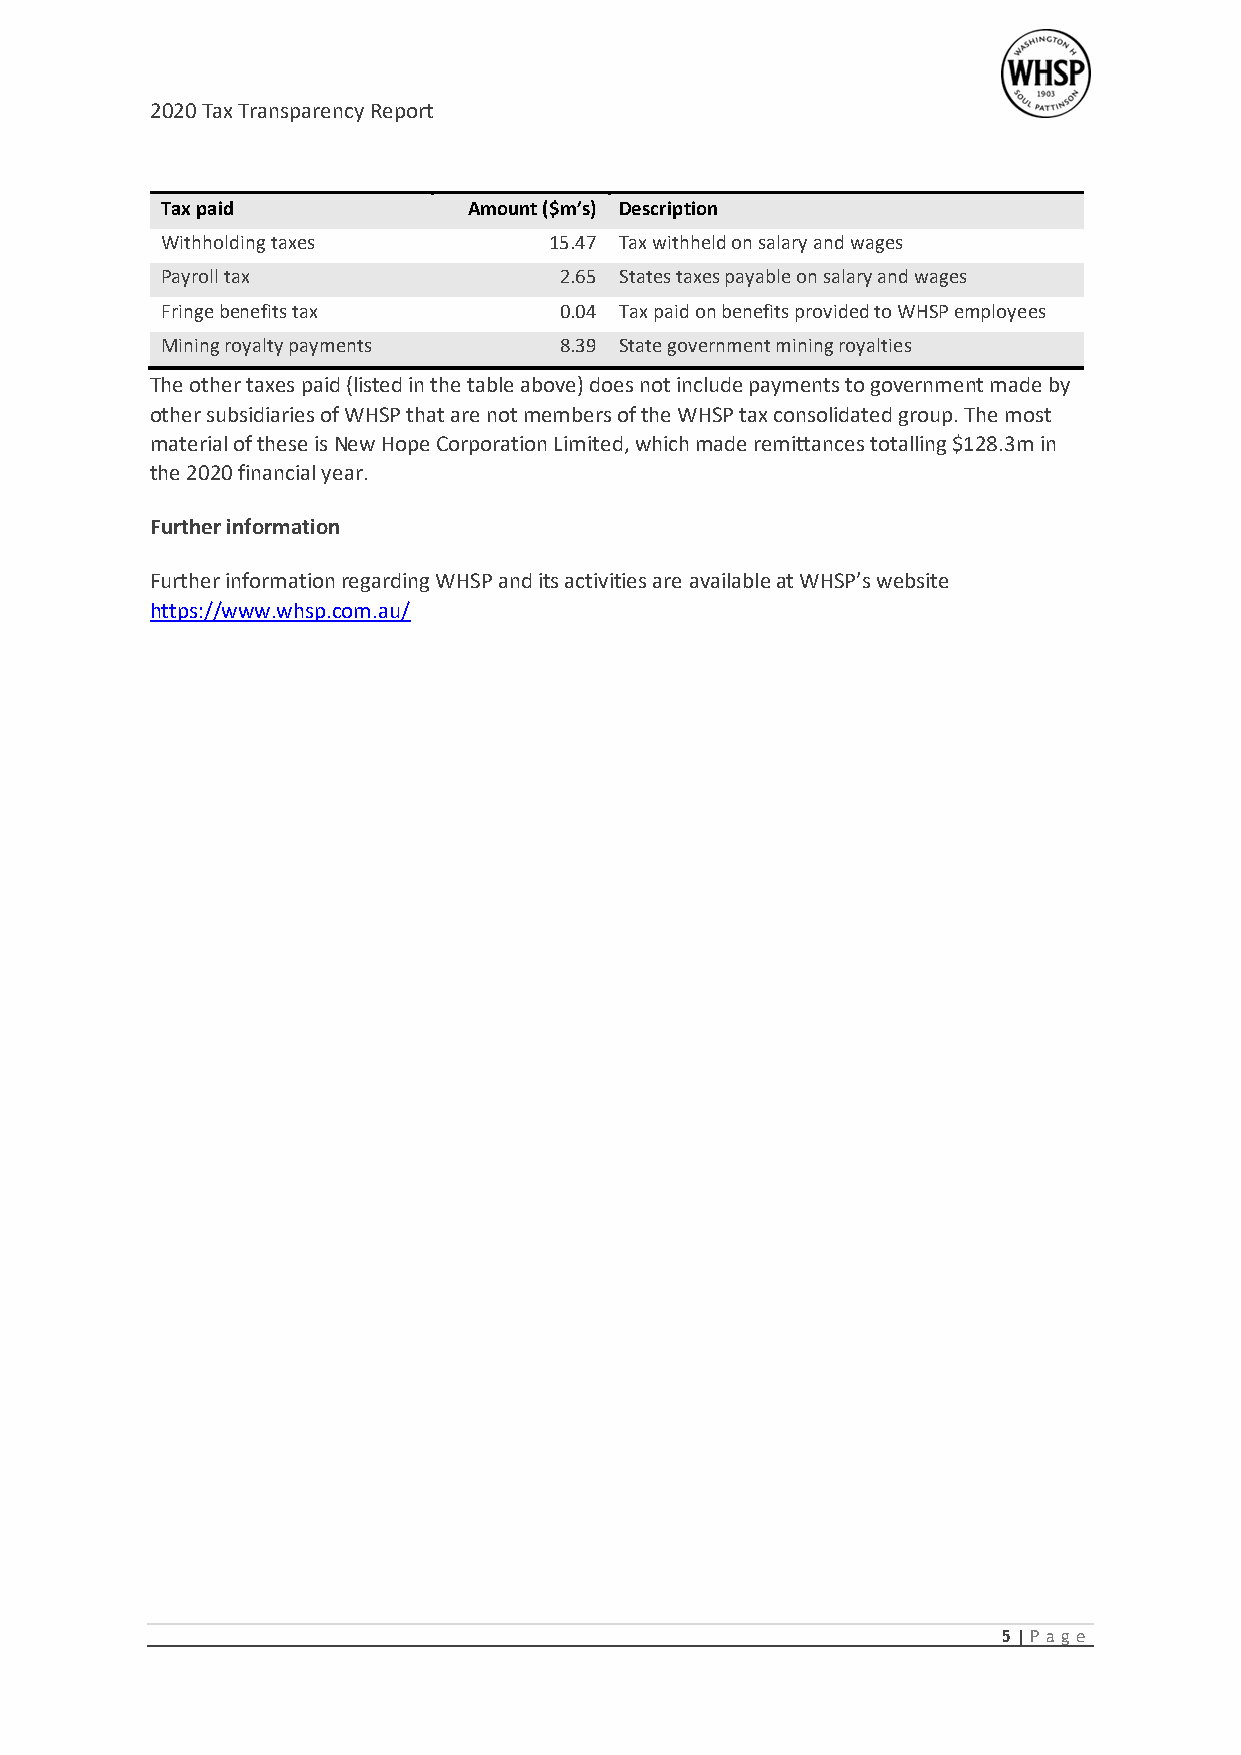
2020 Tax Transparency Report
 Tax paid            Amount ($m’s) Description
 Withholding taxes        15.47 Tax withheld on salary and wages
 Payroll tax               2.65 States taxes payable on salary and wages
 Fringe benefits tax       0.04 Tax paid on benefits provided to WHSP employees
 Mining royalty payments   8.39 State government mining royalties
 The other taxes paid (listed in the table above) does not include payments to government made by
 other subsidiaries of WHSP that are not members of the WHSP tax consolidated group. The most
 material of these is New Hope Corporation Limited, which made remittances totalling $128.3m in
 the 2020 financial year.
 Further information
 Further information regarding WHSP and its activities are available at WHSP’s website
 https://www.whsp.com.au/
 5 | Pag e